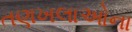
તણખલાઓના